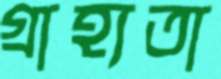
গ্রাহ্যতা